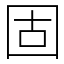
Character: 固